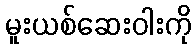
မူးယစ်ဆေးဝါးကို